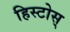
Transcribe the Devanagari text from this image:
हिस्टोस्‌